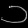
Digit: ၁